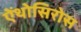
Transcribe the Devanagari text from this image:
ऐंथोसिरोस